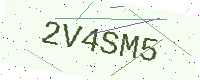
Text: 2V4SM5